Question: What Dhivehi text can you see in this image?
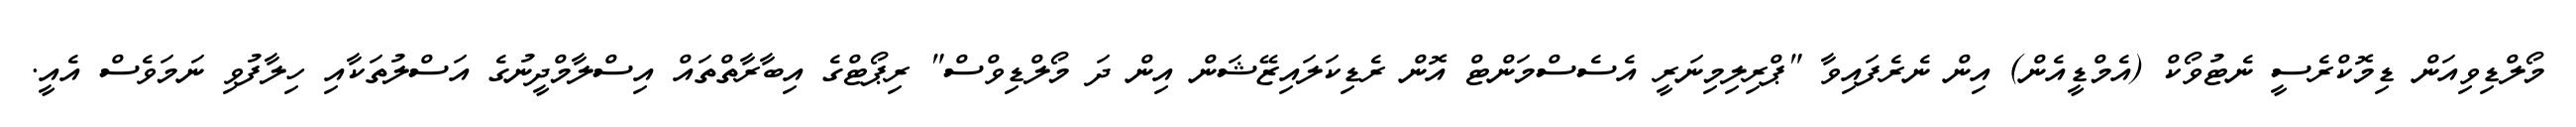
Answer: މޯލްޑިވިއަން ޑިމޮކްރެސީ ނެޓުވޯކް (އެމްޑީއެން) އިން ނެރެފައިވާ "ޕްރިލިމިނަރީ އެސެސްމަންޓް އޮން ރެޑިކަލައިޒޭޝަން އިން ދަ މޯލްޑިވްސް" ރިޕޯޓްގެ އިބާރާތްތައް އިސްލާމްދީނުގެ އަސްލުތަކާއި ހިލާފުވި ނަމަވެސް އެއީ.